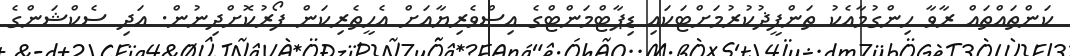
ކަންތައްތައް ރާވާ ހިންގުމާއެކު ތަންފީޛުކުރުމަށްޓަކައި ޑިޕާޓްމަންޓްގެ އިސްވެރިޔާއަށް އެހީތެރިކަން ފޯރުކޮށްދިނުން. އަދި ސެކްޝަންގެ